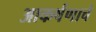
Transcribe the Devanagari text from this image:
आकर्षणाचे